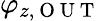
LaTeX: \varphi_{z,\mathrm{~O~U~T~}}